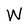
Character: W